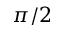
\pi / 2